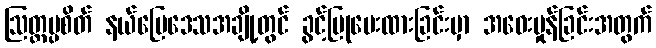
ဩတ္တပ္ပစိတ် နယ်မြေဒေသအချို့တွင် ခွင့်ပြုပေးထားခြင်းမှာ အဝေးမှုန်ခြင်းအတွက်